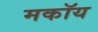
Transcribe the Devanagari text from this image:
मकॉय